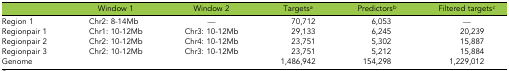
|  | Window 1 | Window 2 | Targetsa | Predictorsb | Filtered targetsc |
 | --- | --- | --- | --- | --- | --- |
 | Region 1 | Chr2: 8-14Mb | — | 70,712 | 6,053 | — |
 | Regionpair 1 | Chr1: 10-12Mb | Chr3: 10-12Mb | 29,133 | 6,245 | 20,239 |
 | Regionpair 2 | Chr2: 10-12Mb | Chr4: 10-12Mb | 23,751 | 5,302 | 15,887 |
 | Regionpair 3 | Chr2: 10-12Mb | Chr3: 10-12Mb | 23,751 | 5,212 | 15,884 |
 | Genome |  |  | 1,486,942 | 154,298 | 1,229,012 |